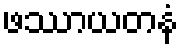
ဖဿာယတနံ